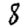
Digit: 8